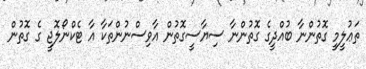
ތަޢުލީމީ ގޮތުންނާ ބުއްދީގެ ގޮތުންނާ ސިޔާސީގޮތުން އާވިސްނުންތަކާ އާ ޓެކްނޯލޮޖީ ގެ ގޮތުން